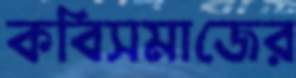
কবিসমাজের